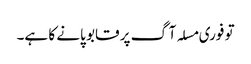
تو فوری مسلہ آگ پر قابو پانے کا ہے۔